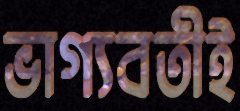
ভাগ্যবতীই